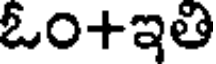
ఓం+ఇతి